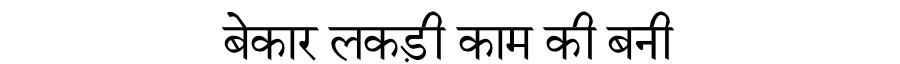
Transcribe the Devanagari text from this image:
बेकार लकड़ी काम की बनी